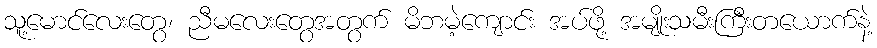
သူ့မောင်လေးတွေ၊ ညီမလေးတွေအတွက် မိဘမဲ့ကျောင်း အပ်ဖို့ အမျိုးသမီးကြီးတယောက်နဲ့